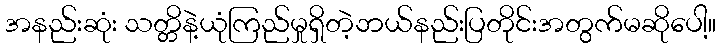
အနည်းဆုံး သတ္တိနဲ့ယုံကြည်မှုရှိတဲ့ဘယ်နည်းပြတိုင်းအတွက်မဆိုပေါ့။